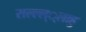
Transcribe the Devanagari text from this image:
सल्ल्ल््लाहु